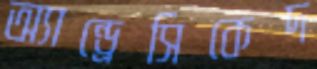
অ্যান্ড্রেসিকেদ